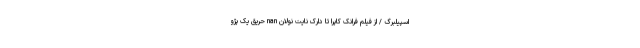
اسپیلبرگ / از فیلم فرانک کاپرا تا دارک نایت نولان nan حریق یک پژو